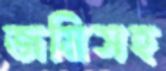
জমিসহ